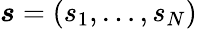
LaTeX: \boldsymbol s=(s_{1},\ldots,s_{N})